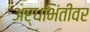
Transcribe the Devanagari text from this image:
अर्धभिंतीवर